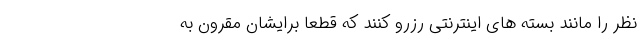
نظر را مانند بسته های اینترنتی رزرو کنند که قطعا برایشان مقرون به